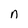
Character: n